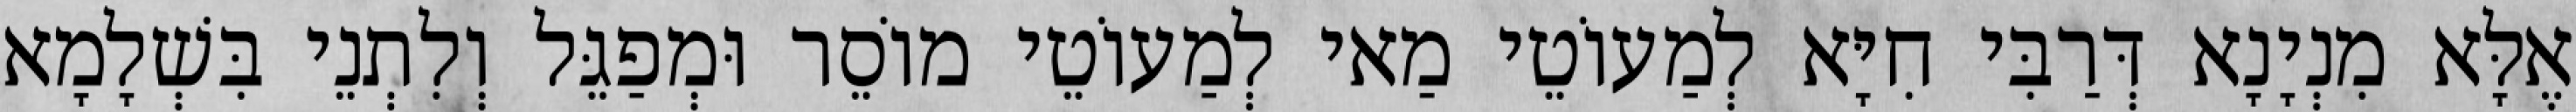
אֶלָּא מִנְיָנָא דְּרַבִּי חִיָּא לְמַעוֹטֵי מַאי לְמַעוֹטֵי מוֹסֵר וּמְפַגֵּל וְלִתְנֵי בִּשְׁלָמָא